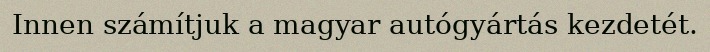
Innen számítjuk a magyar autógyártás kezdetét.